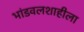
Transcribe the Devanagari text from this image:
भांडवलशाहीला